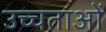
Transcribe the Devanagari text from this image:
उच्चताओं